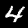
Label: 4